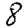
Digit: 8